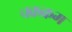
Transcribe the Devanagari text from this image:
चक्रक्रम